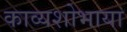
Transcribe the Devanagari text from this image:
काव्यशोभाया